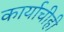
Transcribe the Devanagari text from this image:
कार्याचीही